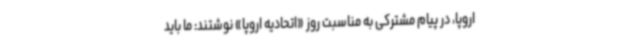
اروپا، در پیام مشترکی به مناسبت روز «اتحادیه اروپا» نوشتند: ما باید